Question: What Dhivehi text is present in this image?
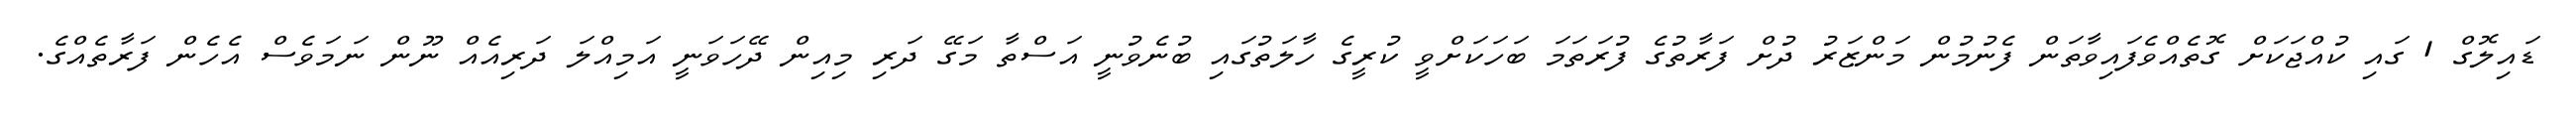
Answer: ޑައިލޮގް 1 ގައި ކުއްޖަކަށް ގޮތެއްވެފައިވާތަން ފެނުމުން މަންޒަރު ދުށް ފަރާތުގެ ފުރަތަމަ ބަހަކަށްވީ ކުރީގެ ހާލަތުގައި ބުނެވުނީ އަސްތާ މަގޭ ދަރި މިއިން ދޭހަވަނީ އަމިއްލަ ދަރިއެއް ނޫން ނަމަވެސް އެހެން ފަރާތެއްގެ.